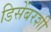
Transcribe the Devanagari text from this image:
डिसेंबरशी